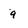
Character: 9